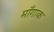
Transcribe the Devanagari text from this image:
माँगाक